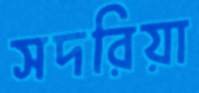
সদরিয়া